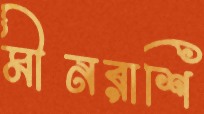
মীনরাশি